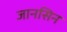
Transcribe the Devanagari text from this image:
जानसिन